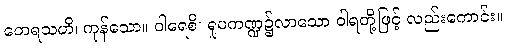
တေရသဟိ၊ ကုန်သော။ ဝါရေစိ၊ ရူပကဏ္ဍ၌လာသော ဝါရတို့ဖြင့် လည်းကောင်း။